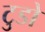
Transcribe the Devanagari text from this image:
टुडो